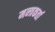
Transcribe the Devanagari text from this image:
मन्त्रकर्ता